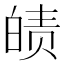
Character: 𤾀